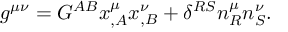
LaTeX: g ^ { \mu \nu } = G ^ { A B } x _ { , A } ^ { \mu } x _ { , B } ^ { \nu } + \delta ^ { R S } n _ { R } ^ { \mu } n _ { S } ^ { \nu } .